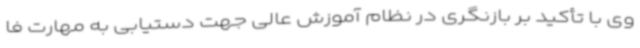
وی با تأکید بر بازنگری در نظام آموزش عالی جهت دستیابی به مهارت فا